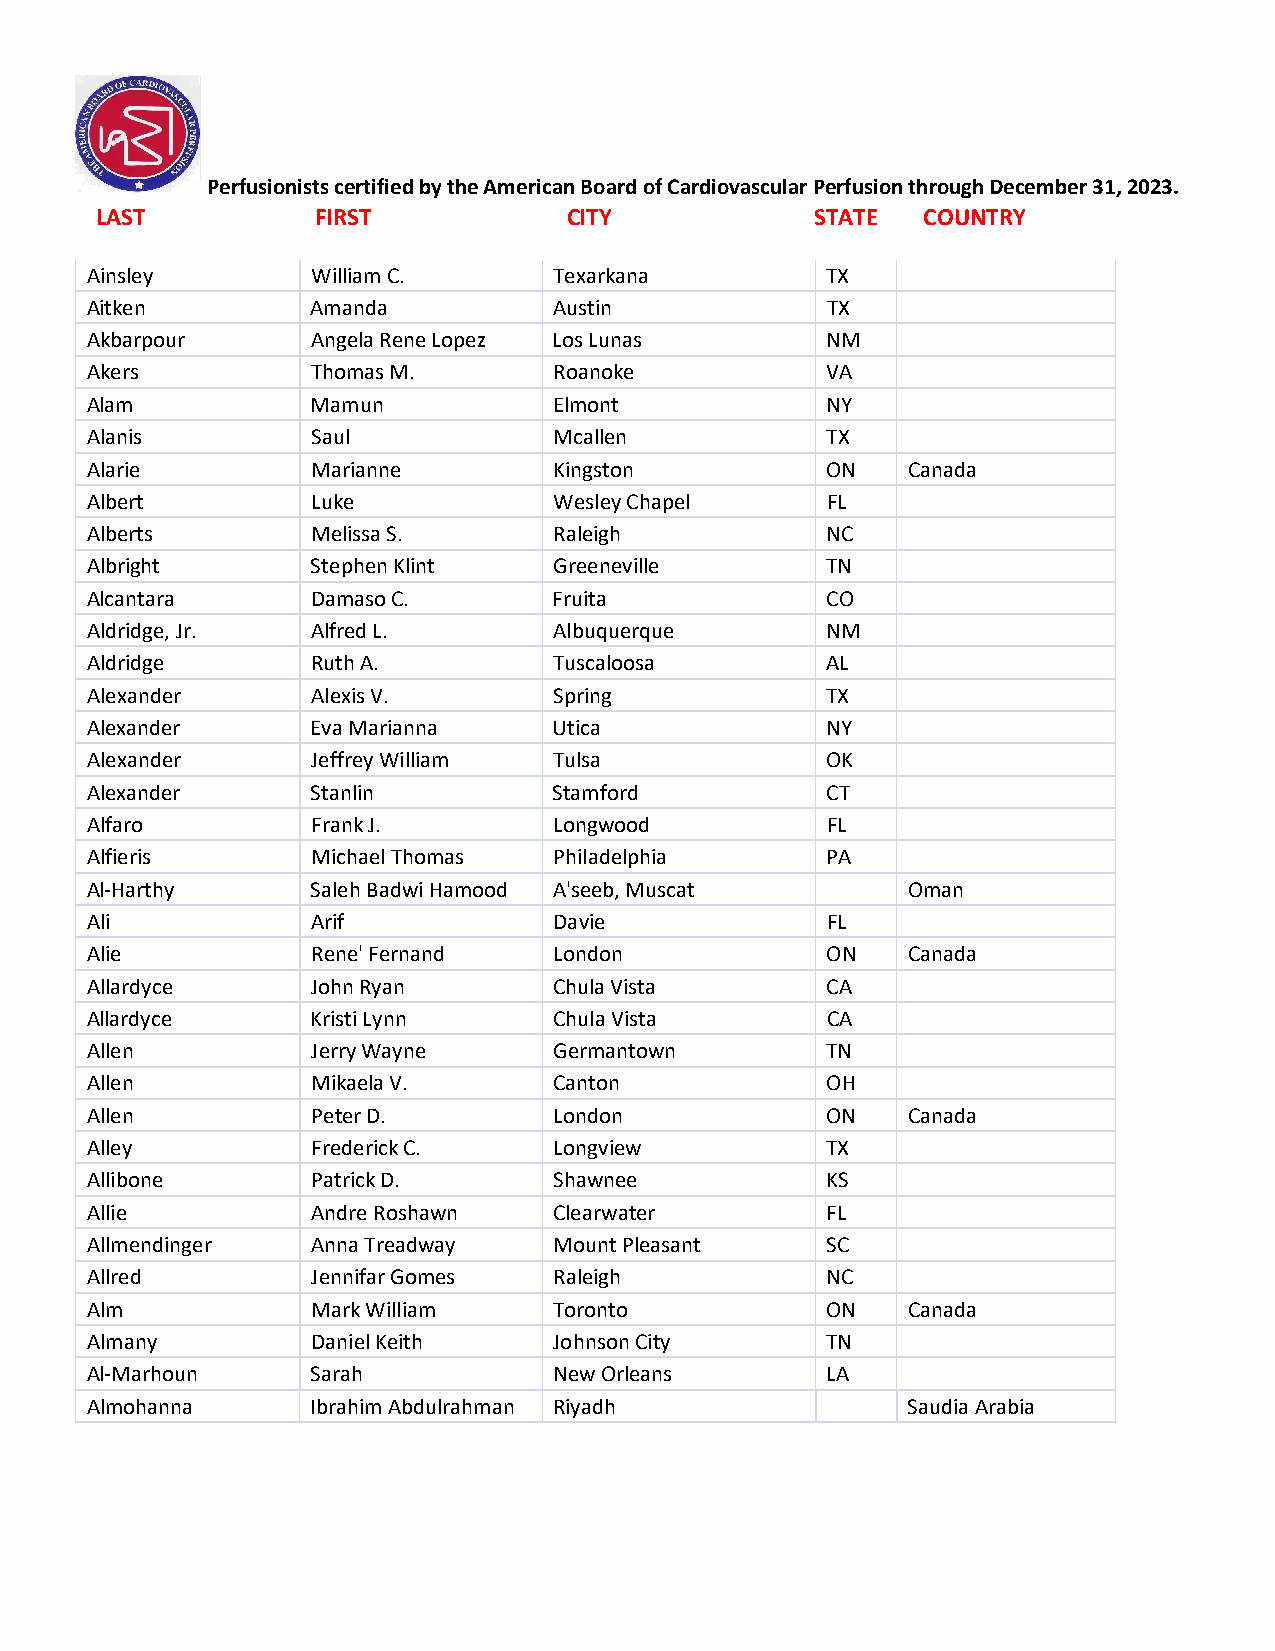
Perfusionists certified by the American Board of Cardiovascular Perfusion through December 31, 2023.
 LAST           FIRST            CITY            STATE  COUNTRY
 Ainsley        William C.      Texarkana         TX
 Aitken         Amanda          Austin            TX
 Akbarpour      Angela Rene Lopez Los Lunas       NM
 Akers          Thomas M.       Roanoke           VA
 Alam           Mamun           Elmont            NY
 Alanis         Saul            Mcallen           TX
 Alarie         Marianne        Kingston          ON   Canada
 Albert         Luke            Wesley Chapel     FL
 Alberts        Melissa S.      Raleigh           NC
 Albright       Stephen Klint   Greeneville       TN
 Alcantara      Damaso C.       Fruita            CO
 Aldridge, Jr.  Alfred L.       Albuquerque       NM
 Aldridge       Ruth A.         Tuscaloosa        AL
 Alexander      Alexis V.       Spring            TX
 Alexander      Eva Marianna    Utica             NY
 Alexander      Jeffrey William Tulsa             OK
 Alexander      Stanlin         Stamford          CT
 Alfaro         Frank J.        Longwood          FL
 Alfieris       Michael Thomas  Philadelphia      PA
 Al-Harthy      Saleh Badwi Hamood A'seeb, Muscat      Oman
 Ali            Arif            Davie             FL
 Alie           Rene' Fernand   London            ON   Canada
 Allardyce      John Ryan       Chula Vista       CA
 Allardyce      Kristi Lynn     Chula Vista       CA
 Allen          Jerry Wayne     Germantown        TN
 Allen          Mikaela V.      Canton            OH
 Allen          Peter D.        London            ON   Canada
 Alley          Frederick C.    Longview          TX
 Allibone       Patrick D.      Shawnee           KS
 Allie          Andre Roshawn   Clearwater        FL
 Allmendinger   Anna Treadway   Mount Pleasant    SC
 Allred         Jennifar Gomes  Raleigh           NC
 Alm            Mark William    Toronto           ON   Canada
 Almany         Daniel Keith    Johnson City      TN
 Al-Marhoun     Sarah           New Orleans       LA
 Almohanna      Ibrahim Abdulrahman Riyadh             Saudia Arabia